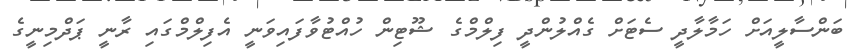
ބަންސާލީއަށް ހަމާލާދީ ސެޓަށް ގެއްލުންދީ ފިލްމްގެ ޝޫޓިން ހުއްޓުވާފައިވަނީ އެފިލްމްގައި ރާނީ ޕަދްމިނީގެ